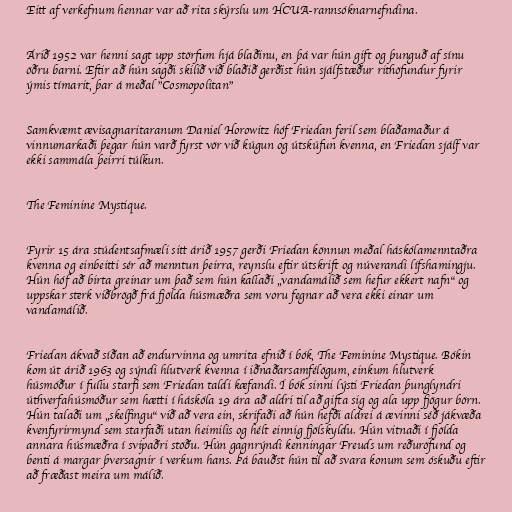
Eitt af verkefnum hennar var að rita skýrslu um HCUA-rannsóknarnefndina.

Árið 1952 var henni sagt upp störfum hjá blaðinu, en þá var hún gift og þunguð af sínu
öðru barni. Eftir að hún sagði skilið við blaðið gerðist hún sjálfstæður rithöfundur fyrir
ýmis tímarit, þar á meðal "Cosmopolitan"

Samkvæmt ævisagnaritaranum Daniel Horowitz hóf Friedan feril sem blaðamaður á
vinnumarkaði þegar hún varð fyrst vör við kúgun og útskúfun kvenna, en Friedan sjálf var
ekki sammála þeirri túlkun.

The Feminine Mystique.

Fyrir 15 ára stúdentsafmæli sitt árið 1957 gerði Friedan könnun meðal háskólamenntaðra
kvenna og einbeitti sér að menntun þeirra, reynslu eftir útskrift og núverandi lífshamingju.
Hún hóf að birta greinar um það sem hún kallaði „vandamálið sem hefur ekkert nafn“ og
uppskar sterk viðbrögð frá fjölda húsmæðra sem voru fegnar að vera ekki einar um
vandamálið.

Friedan ákvað síðan að endurvinna og umrita efnið í bók, The Feminine Mystique. Bókin
kom út árið 1963 og sýndi hlutverk kvenna í iðnaðarsamfélögum, einkum hlutverk
húsmóður í fullu starfi sem Friedan taldi kæfandi. Í bók sinni lýsti Friedan þunglyndri
úthverfahúsmóður sem hætti í háskóla 19 ára að aldri til að gifta sig og ala upp fjögur börn.
Hún talaði um „skelfingu“ við að vera ein, skrifaði að hún hefði aldrei á ævinni séð jákvæða
kvenfyrirmynd sem starfaði utan heimilis og hélt einnig fjölskyldu. Hún vitnaði í fjölda
annara húsmæðra í svipaðri stöðu. Hún gagnrýndi kenningar Freuds um reðuröfund og
benti á margar þversagnir í verkum hans. Þá bauðst hún til að svara konum sem óskuðu eftir
að fræðast meira um málið.